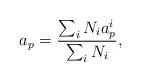
LaTeX: \begin{align*}a_p={{\sum_iN_ia^i_p}\over{\sum_iN_i}},\end{align*}